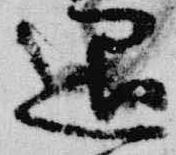
退